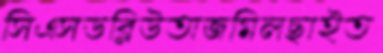
সিএসডব্লিউঅজমিলছাইত